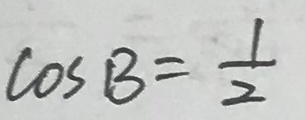
\cos B = \frac { 1 } { 2 }